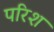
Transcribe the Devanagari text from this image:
परिश